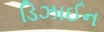
ડિઝાઈન